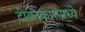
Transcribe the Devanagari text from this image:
टीकाकारांमध्ये